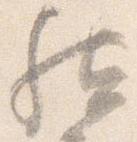
然